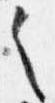
之